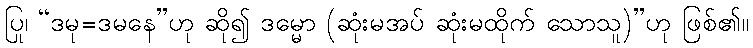
ပြု၊ “ဒမု=ဒမနေ”ဟု ဆို၍ ဒမ္မော (ဆုံးမအပ် ဆုံးမထိုက် သောသူ)”ဟု ဖြစ်၏။